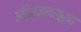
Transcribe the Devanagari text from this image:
अतिरंजनापूर्ण